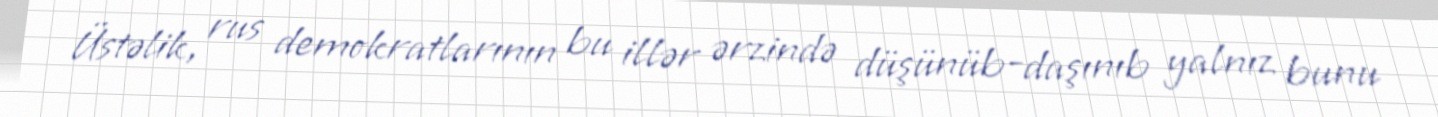
Üstəlik, rus demokratlarının bu illər ərzində düşünüb-daşınıb yalnız bunu